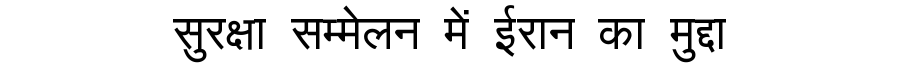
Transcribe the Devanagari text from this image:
सुरक्षा सम्मेलन में ईरान का मुद्दा